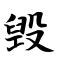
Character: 毁